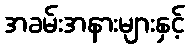
အခမ်းအနားများနှင့်